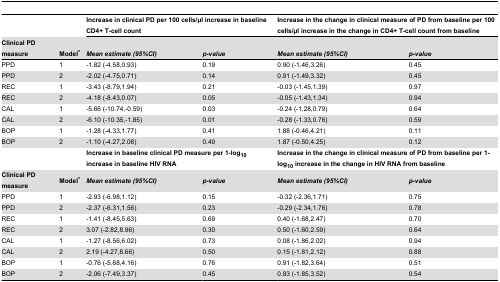
<table><thead><tr><td></td><td></td><td colspan="2"><b>Increase in clinical PD per 100 cells/μl increase in baseline CD4+ T-cell count</b></td><td colspan="2"><b>Increase in the change in clinical measure of PD from baseline per 100 cells/μl increase in the change in CD4+ T-cell count from baseline</b></td></tr><tr><td><b>Clinical PD measure</b></td><td><b>Model<sup>*</sup></b></td><td><b><i>Mean estimate (95%CI)</i></b></td><td><b><i>p-value</i></b></td><td><b><i>Mean estimate (95%CI)</i></b></td><td><b><i>p-value</i></b></td></tr></thead><tbody><tr><td>PPD</td><td>1</td><td>-1.82 (-4.58,0.93)</td><td>0.19</td><td>0.90 (-1.46,3.26)</td><td>0.45</td></tr><tr><td>PPD</td><td>2</td><td>-2.02 (-4.75,0.71)</td><td>0.14</td><td>0.91 (-1.49,3.32)</td><td>0.45</td></tr><tr><td>REC</td><td>1</td><td>-3.43 (-8.79,1.94)</td><td>0.21</td><td>-0.03 (-1.45,1.39)</td><td>0.97</td></tr><tr><td>REC</td><td>2</td><td>-4.18 (-8.43,0.07)</td><td>0.05</td><td>-0.05 (-1.43,1.34)</td><td>0.94</td></tr><tr><td>CAL</td><td>1</td><td>-5.66 (-10.74,-0.59)</td><td>0.03</td><td>-0.24 (-1.28,0.79)</td><td>0.64</td></tr><tr><td>CAL</td><td>2</td><td>-6.10 (-10.35,-1.85)</td><td>0.01</td><td>-0.28 (-1.33,0.76)</td><td>0.59</td></tr><tr><td>BOP</td><td>1</td><td>-1.28 (-4.33,1.77)</td><td>0.41</td><td>1.88 (-0.46,4.21)</td><td>0.11</td></tr><tr><td>BOP</td><td>2</td><td>-1.10 (-4.27,2.08)</td><td>0.49</td><td>1.87 (-0.50,4.25)</td><td>0.12</td></tr><tr><td></td><td></td><td colspan="2"><b>Increase in baseline clinical PD measure per 1-log<sub>10</sub> increase in baseline HIV RNA</b></td><td colspan="2"><b>Increase in the change in clinical measure of PD from baseline per 1-log<sub>10</sub> increase in the change in HIV RNA from baseline</b></td></tr><tr><td><b>Clinical PD measure</b></td><td><b>Model<sup>*</sup></b></td><td><b><i>Mean estimate (95%CI)</i></b></td><td><b><i>p-value</i></b></td><td><b><i>Mean estimate (95%CI)</i></b></td><td><b><i>p-value</i></b></td></tr><tr><td>PPD</td><td>1</td><td>-2.93 (-6.98,1.12)</td><td>0.15</td><td>-0.32 (-2.36,1.71)</td><td>0.75</td></tr><tr><td>PPD</td><td>2</td><td>-2.37 (-6.31,1.56)</td><td>0.23</td><td>-0.29 (-2.34,1.76)</td><td>0.78</td></tr><tr><td>REC</td><td>1</td><td>-1.41 (-8.45,5.63)</td><td>0.69</td><td>0.40 (-1.68,2.47)</td><td>0.70</td></tr><tr><td>REC</td><td>2</td><td>3.07 (-2.82,8.96)</td><td>0.30</td><td>0.50 (-1.60,2.59)</td><td>0.64</td></tr><tr><td>CAL</td><td>1</td><td>-1.27 (-8.56,6.02)</td><td>0.73</td><td>0.08 (-1.86,2.02)</td><td>0.94</td></tr><tr><td>CAL</td><td>2</td><td>2.19 (-4.27,8.66)</td><td>0.50</td><td>0.15 (-1.81,2.12)</td><td>0.88</td></tr><tr><td>BOP</td><td>1</td><td>-0.76 (-5.68,4.16)</td><td>0.76</td><td>0.91 (-1.82,3.64)</td><td>0.51</td></tr><tr><td>BOP</td><td>2</td><td>-2.06 (-7.49,3.37)</td><td>0.45</td><td>0.83 (-1.85,3.52)</td><td>0.54</td></tr></tbody></table>